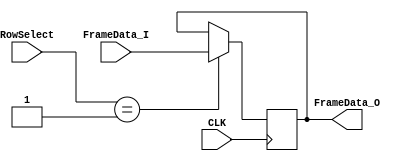
// SPDX-FileCopyrightText: 
// 2022 Nguyen Dao
// 2022 Myrtle Shah
//
// Licensed under the Apache License, Version 2.0 (the "License");
// you may not use this file except in compliance with the License.
// You may obtain a copy of the License at
//
//      http://www.apache.org/licenses/LICENSE-2.0
//
// Unless required by applicable law or agreed to in writing, software
// distributed under the License is distributed on an "AS IS" BASIS,
// WITHOUT WARRANTIES OR CONDITIONS OF ANY KIND, either express or implied.
// See the License for the specific language governing permissions and
// limitations under the License.
//
// SPDX-License-Identifier: Apache-2.0

module Frame_Data_Reg_0 (FrameData_I, FrameData_O, RowSelect, CLK);
	parameter FrameBitsPerRow = 32;
	parameter RowSelectWidth = 5;
	parameter Row = 1;
	input [FrameBitsPerRow-1:0] FrameData_I;
	output reg [FrameBitsPerRow-1:0] FrameData_O;
	input [RowSelectWidth-1:0] RowSelect;
	input CLK;
	
	always @ (posedge CLK) begin
		if (RowSelect==Row)
			FrameData_O <= FrameData_I;
	end//CLK
endmodule

module Frame_Data_Reg_1 (FrameData_I, FrameData_O, RowSelect, CLK);
	parameter FrameBitsPerRow = 32;
	parameter RowSelectWidth = 5;
	parameter Row = 2;
	input [FrameBitsPerRow-1:0] FrameData_I;
	output reg [FrameBitsPerRow-1:0] FrameData_O;
	input [RowSelectWidth-1:0] RowSelect;
	input CLK;
	
	always @ (posedge CLK) begin
		if (RowSelect==Row)
			FrameData_O <= FrameData_I;
	end//CLK
endmodule

module Frame_Data_Reg_2 (FrameData_I, FrameData_O, RowSelect, CLK);
	parameter FrameBitsPerRow = 32;
	parameter RowSelectWidth = 5;
	parameter Row = 3;
	input [FrameBitsPerRow-1:0] FrameData_I;
	output reg [FrameBitsPerRow-1:0] FrameData_O;
	input [RowSelectWidth-1:0] RowSelect;
	input CLK;
	
	always @ (posedge CLK) begin
		if (RowSelect==Row)
			FrameData_O <= FrameData_I;
	end//CLK
endmodule

module Frame_Data_Reg_3 (FrameData_I, FrameData_O, RowSelect, CLK);
	parameter FrameBitsPerRow = 32;
	parameter RowSelectWidth = 5;
	parameter Row = 4;
	input [FrameBitsPerRow-1:0] FrameData_I;
	output reg [FrameBitsPerRow-1:0] FrameData_O;
	input [RowSelectWidth-1:0] RowSelect;
	input CLK;
	
	always @ (posedge CLK) begin
		if (RowSelect==Row)
			FrameData_O <= FrameData_I;
	end//CLK
endmodule

module Frame_Data_Reg_4 (FrameData_I, FrameData_O, RowSelect, CLK);
	parameter FrameBitsPerRow = 32;
	parameter RowSelectWidth = 5;
	parameter Row = 5;
	input [FrameBitsPerRow-1:0] FrameData_I;
	output reg [FrameBitsPerRow-1:0] FrameData_O;
	input [RowSelectWidth-1:0] RowSelect;
	input CLK;
	
	always @ (posedge CLK) begin
		if (RowSelect==Row)
			FrameData_O <= FrameData_I;
	end//CLK
endmodule

module Frame_Data_Reg_5 (FrameData_I, FrameData_O, RowSelect, CLK);
	parameter FrameBitsPerRow = 32;
	parameter RowSelectWidth = 5;
	parameter Row = 6;
	input [FrameBitsPerRow-1:0] FrameData_I;
	output reg [FrameBitsPerRow-1:0] FrameData_O;
	input [RowSelectWidth-1:0] RowSelect;
	input CLK;
	
	always @ (posedge CLK) begin
		if (RowSelect==Row)
			FrameData_O <= FrameData_I;
	end//CLK
endmodule